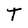
Character: T